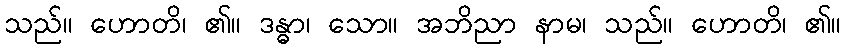
သည်။ ဟောတိ၊ ၏။ ဒန္ဓာ၊ သော။ အဘိညာ နာမ၊ သည်။ ဟောတိ၊ ၏။